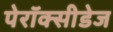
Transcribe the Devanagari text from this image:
पेरॉक्सीडेज